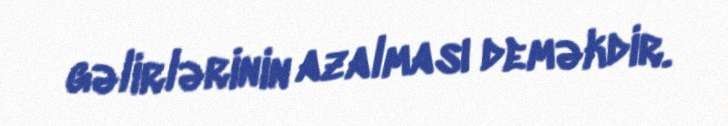
gəlirlərinin azalması deməkdir.